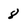
Character: 8